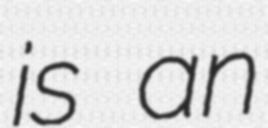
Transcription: is an